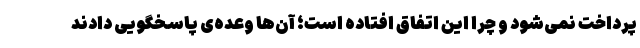
پرداخت نمی‌شود و چرا این اتفاق افتاده است؛ آن‌ها وعده‌ی پاسخگویی دادند